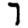
Digit: 7